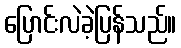
ပြောင်းလဲခဲ့ပြန်သည်။